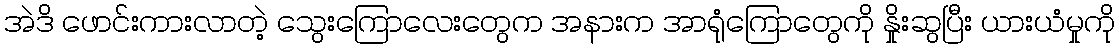
အဲဒိ ဖောင်းကားလာတဲ့ သွေးကြောလေးတွေက အနားက အာရုံကြောတွေကို နှိုးဆွပြီး ယားယံမှုကို